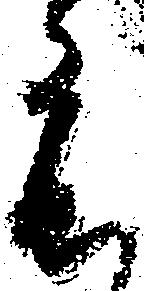
度